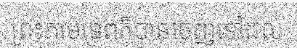
ព្រះកាមទេពក៏បានចេញទៅដល់់